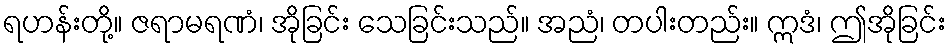
ရဟန်းတို့။ ဇရာမရဏံ၊ အိုခြင်း သေခြင်းသည်။ အညံ၊ တပါးတည်း။ ဣဒံ၊ ဤအိုခြင်း